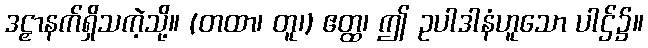
ဒဠှာနက်ရှိသကဲ့သို့။ (တထာ၊ တူ၊) ဧတ္ထ၊ ဤ ဥပါဒါနံဟူသော ပါဌ်၌။